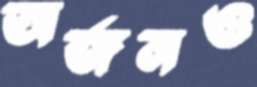
অর্জনও